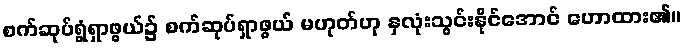
စက်ဆုပ်ရွံရှာဖွယ်၌ စက်ဆုပ်ရှာဖွယ် မဟုတ်ဟု နှလုံးသွင်းနိုင်အောင် ဟောထား၏။